Lunatic asylums United Prov. 1922-30 - 1922-1930
Year: 1922
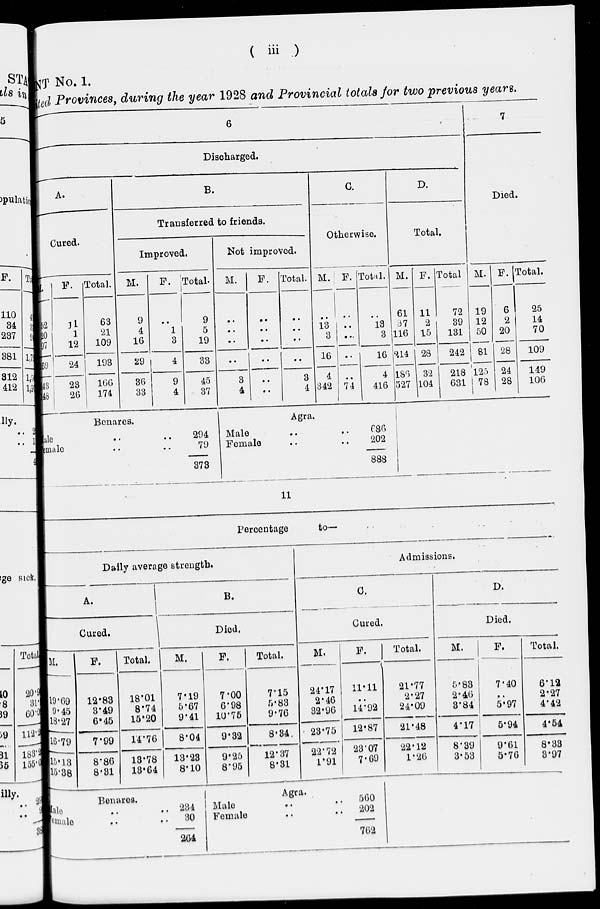
( iii )
NT No. 1.
ted Provinces, during the year 1928 and Provincial totals for two previous years.
6
Discharged.
A.
Cured.
M.
52
20
97
169
143
148
F.
11
1
12
24
23
26
Total.
63
21
109
193
166
174
B.
Transferred to friends.
Improved.
M.
9
4
16
29
36
33
F.
..
1
3
4
9
4
Total.
9
5
19
33
45
37
Benares.
Male
..
..
Female
..
..
294
79
373
Not improved.
M.
..
..
..
..
3
4
F.
..
..
..
..
..
..
Total.
..
..
..
..
3
4
C.
Otherwise.
M.
..
13
3
16
4
342
F.
..
..
..
..
..
74
Total.
..
13
3
16
4
416
Agra.
Male
..
..
Female
..
..
686
202
888
D.
Total.
M.
61
37
116
214
186
527
F.
11
2
15
28
32
104
Total
72
39
131
242
218
631
7
Died.
M.
19
12
50
81
l25
78
F.
6
2
20
28
24
28
Total.
25
14
70
109
149
106
11
Percentage
to—
Daily average strength.
A.
Cured.
M.
19.69
9.45
18.27
16.79
15.13
15.38
F.
12.83
3.49
6.45
7.99
8.86
8.31
Total.
18.01
8.74
15.20
14.76
13.78
13.64
B.
Died.
M.
7.19
5.67
9.41
8.04
13.23
8.10
F.
7.00
6.98
10.75
9.32
9.25
8.95
Total.
7.15
5.83
9.76
8.34.
12.37
8.31
Admissions.
C.
Cured.
M.
24.17
2.46
32.96
28.75
22.72
1.91
F.
11.11
..
14.92
12.87
23.07
7.69
Total.
21.77
2.27
24.09
21.48
22.12
1.26
D.
Died.
M.
5.83
2.46
3.84
4.17
8.39
3.53
F.
7.40
..
5.97
5.94
9.61
5.76
Total.
6.12
2.27
4.42
4.54
8.33
3.97
Benares.
Male .. ..
Female .. ..
234
30
264
Agra.
Male .. ..
Female .. ..
560
202
762